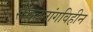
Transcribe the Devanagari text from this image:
संचलनांगविहीन